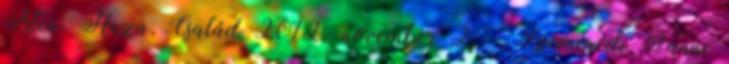
Isten, Haza, Család 2012. november 2. - Szemerédi Fanni